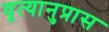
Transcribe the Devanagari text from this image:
वृत्यानुप्रास